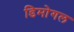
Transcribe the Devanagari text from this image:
डिमोगल